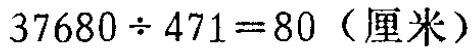
\(37680\div471 = 80 \text{（厘米）}\)